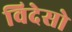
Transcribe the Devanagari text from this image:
विदेसो